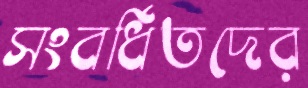
সংবর্ধিতদের